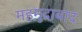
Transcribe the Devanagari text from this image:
महमुदाबाद